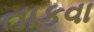
તાકવા